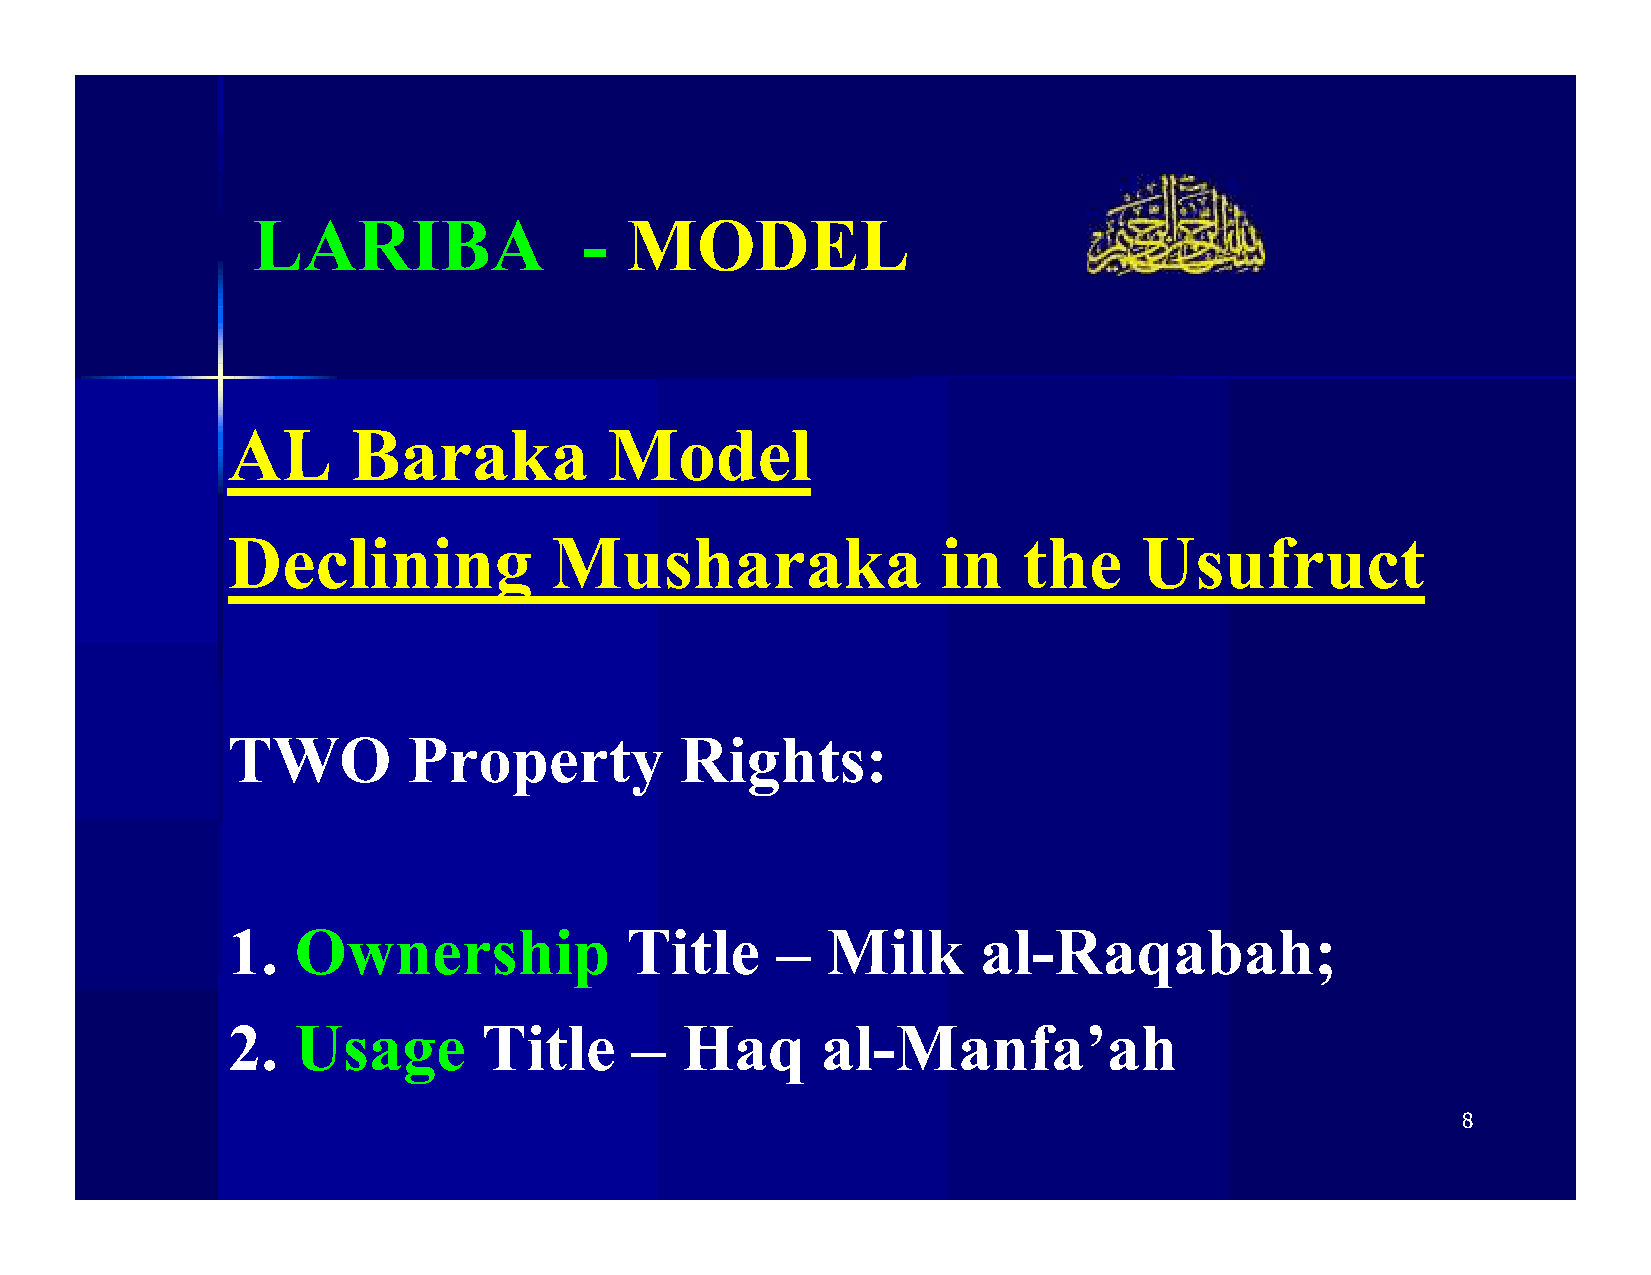
LARIBA                - MODEL
 AL      Baraka           Model
 Declining            Musharaka                 in    the    Usufruct
 TWO         Property          Rights:
 1.  Ownership             Title     –   Milk      al-Raqabah;
 2.  Usage        Title     –  Haq      al-Manfa’ah
 8